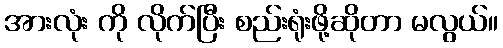
အားလုံး ကို လိုက်ပြီး စည်းရုံးဖို့ဆိုတာ မလွယ်။